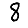
Digit: 8